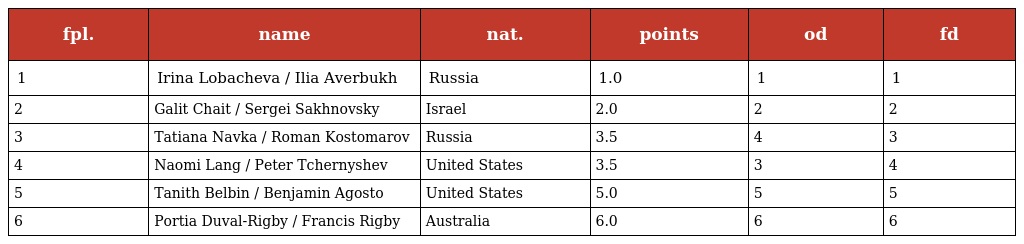
| fpl. | name | nat. | points | od | fd |
 | --- | --- | --- | --- | --- | --- |
 | 1 | Irina Lobacheva / Ilia Averbukh | Russia | 1.0 | 1 | 1 |
 | 2 | Galit Chait / Sergei Sakhnovsky | Israel | 2.0 | 2 | 2 |
 | 3 | Tatiana Navka / Roman Kostomarov | Russia | 3.5 | 4 | 3 |
 | 4 | Naomi Lang / Peter Tchernyshev | United States | 3.5 | 3 | 4 |
 | 5 | Tanith Belbin / Benjamin Agosto | United States | 5.0 | 5 | 5 |
 | 6 | Portia Duval-Rigby / Francis Rigby | Australia | 6.0 | 6 | 6 |